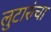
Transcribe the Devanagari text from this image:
लुटारुंचा